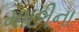
માછીના